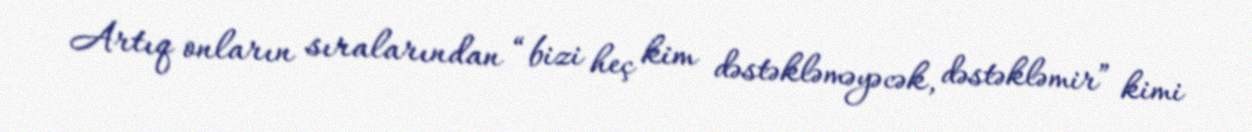
Artıq onların sıralarından “bizi heç kim dəstəkləməyəcək, dəstəkləmir” kimi